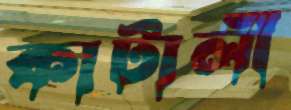
কাটালী